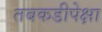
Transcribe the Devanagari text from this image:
तबकडीपेक्षा